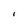
Character: I